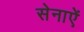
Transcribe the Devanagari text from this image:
सेनाऐं